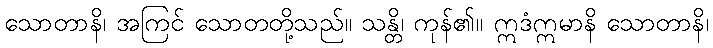
သောတာနိ၊ အကြင် သောတတို့သည်။ သန္တိ၊ ကုန်၏။ ဣဒံဣမာနိ သောတာနိ၊